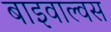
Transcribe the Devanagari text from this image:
बाइवाल्वस